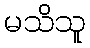
မသိသူ